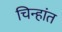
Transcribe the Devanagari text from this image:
चिन्हांत